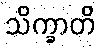
သိက္ခာတိ